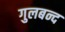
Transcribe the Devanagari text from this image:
गुलबन्द